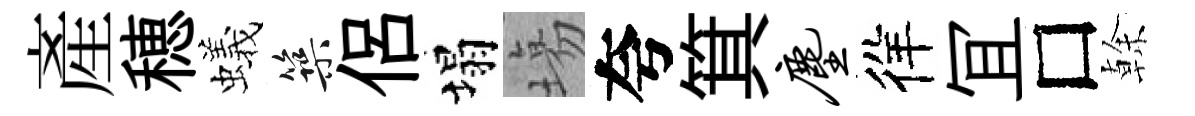
産穂蟻築侶塌塲夸箕尘徉冝□𠏉